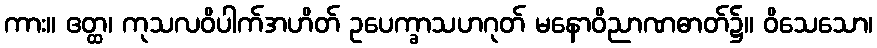
ကား။ ဧတ္ထ၊ ကုသလဝိပါက်အဟိတ် ဥပေက္ခာသဟဂုတ် မနောဝိညာဏဓာတ်၌။ ဝိသေသော၊